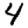
Digit: 4